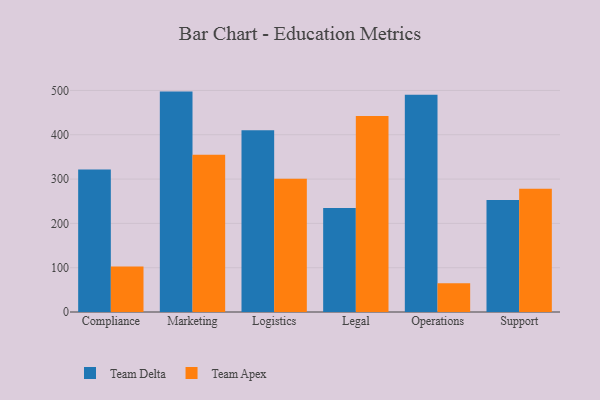
{"axis": {"x": "Department", "y": "Revenue (USD Million)"}, "legend": ["Team Apex", "Team Delta"], "data": [{"x": "Compliance", "y": 321.6, "type": "Team Delta"}, {"x": "Compliance", "y": 102.5, "type": "Team Apex"}, {"x": "Marketing", "y": 497.4, "type": "Team Delta"}, {"x": "Marketing", "y": 355.1, "type": "Team Apex"}, {"x": "Logistics", "y": 409.9, "type": "Team Delta"}, {"x": "Logistics", "y": 300.8, "type": "Team Apex"}, {"x": "Legal", "y": 234.7, "type": "Team Delta"}, {"x": "Legal", "y": 442.2, "type": "Team Apex"}, {"x": "Operations", "y": 490.1, "type": "Team Delta"}, {"x": "Operations", "y": 64.9, "type": "Team Apex"}, {"x": "Support", "y": 252.7, "type": "Team Delta"}, {"x": "Support", "y": 278.2, "type": "Team Apex"}]}